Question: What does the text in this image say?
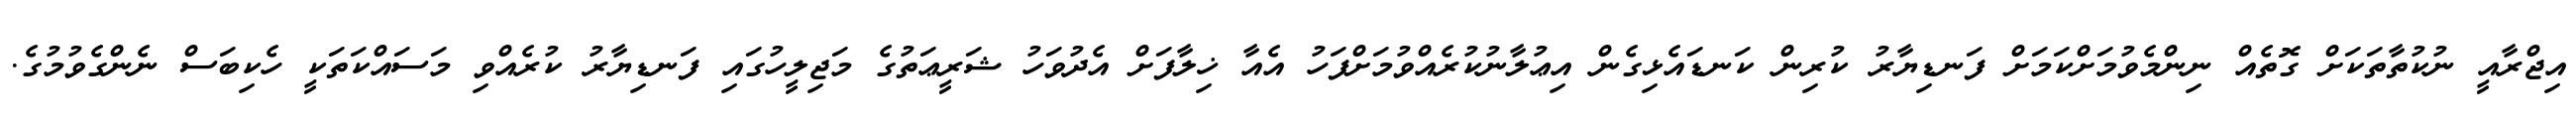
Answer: އިޖްރާއީ ނުކުތާތަކަށް ގޮތެއް ނިންމެވުމަށްކަމަށް ފަނޑިޔާރު ކުރިން ކަނޑައެޅިގެން އިޢުލާނުކުރެއްވުމަށްފަހު އެއާ ޚިލާފަށް އެދުވަހު ޝަރީޢަތުގެ މަޖިލީހުގައި ފަނޑިޔާރު ކުރެއްވި މަސައްކަތަކީ ހެކިބަސް ނެންގެވުމުގެ.